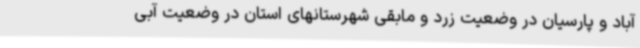
آباد و پارسیان در وضعیت زرد و مابقی شهرستانهای استان در وضعیت آبی